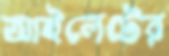
আইলেটের